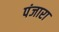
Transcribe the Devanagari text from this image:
पंजारा